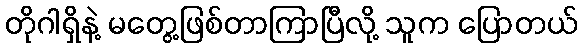
တိုဂါရှိနဲ့ မတွေ့ဖြစ်တာကြာပြီလို့ သူက ပြောတယ်